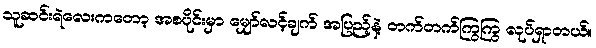
သူဆင်းရဲလေးကတော့ အစပိုင်းမှာ မျှော်လင့်ချက် အပြည့်နဲ့ တက်တက်ကြွကြွ လုပ်ရှာတယ်။